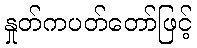
နှုတ်ကပတ်တော်ဖြင့်